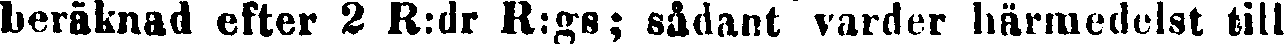
beräknad efter 2 R:dr R:gs; sådant varder härmedelst till